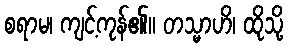
စရာမ၊ ကျင့်ကုန်၏။ တသ္မာဟိ၊ ထိုသို့